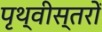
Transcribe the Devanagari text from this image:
पृथ्वीस्तरों